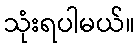
သုံးရပါမယ်။